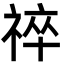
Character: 祽